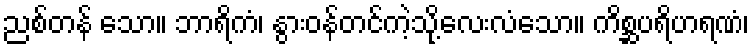
ညစ်တန် သော။ ဘာရိကံ၊ နွားဝန်တင်ကဲ့သို့လေးလံသော။ ကိစ္ဆပရိဟရဏံ၊